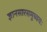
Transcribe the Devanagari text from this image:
ज्ञानसारसमुच्चयः